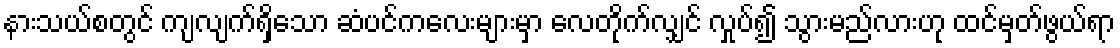
နားသယ်စတွင် ကျလျက်ရှိသော ဆံပင်ကလေးများမှာ လေတိုက်လျှင် လှုပ်၍ သွားမည်လားဟု ထင်မှတ်ဖွယ်ရာ